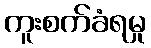
ကူးစက်ခံရမှု